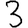
Digit: 3